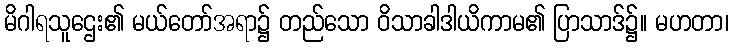
မိဂါရသူဌေး၏ မယ်တော်အရာ၌ တည်သော ဝိသာခါဒါယိကာမ၏ ပြာသာဒ်၌။ မဟတာ၊